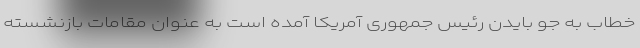
خطاب به جو بایدن رئیس جمهوری آمریکا آمده است به عنوان مقامات بازنشسته